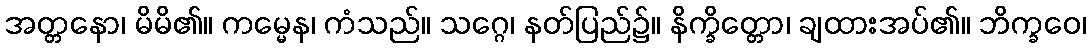
အတ္တနော၊ မိမိ၏။ ကမ္မေန၊ ကံသည်။ သဂ္ဂေ၊ နတ်ပြည်၌။ နိက္ခိတ္တော၊ ချထားအပ်၏။ ဘိက္ခဝေ၊